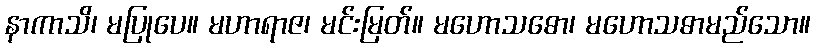
နာကာသိ၊ မပြုပေ။ မဟာရာဇ၊ မင်းမြတ်။ မဟောသဓော၊ မဟောသဓာမည်သော။